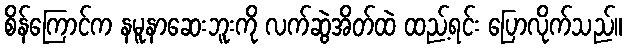
စိန်ကြောင်က နမူနာဆေးဘူးကို လက်ဆွဲအိတ်ထဲ ထည့်ရင်း ပြောလိုက်သည်။